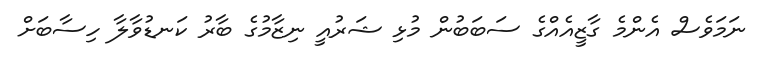
ނަމަވެސް އެންމެ ގާޒީއެއްގެ ސަބަބުން މުޅި ޝަރުއީ ނިޒާމުގެ ބާރު ކަނޑުވާލާ ހިސާބަށް